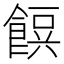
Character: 𮩂